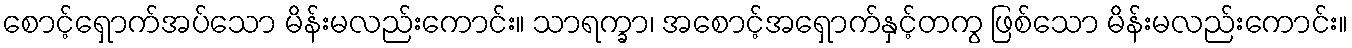
စောင့်ရှောက်အပ်သော မိန်းမလည်းကောင်း။ သာရက္ခာ၊ အစောင့်အရှောက်နှင့်တကွ ဖြစ်သော မိန်းမလည်းကောင်း။